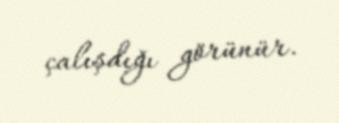
çalışdığı görünür.